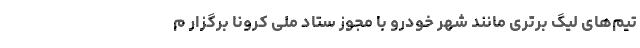
تیم‌های لیگ برتری مانند شهر خودرو با مجوز ستاد ملی کرونا برگزار م